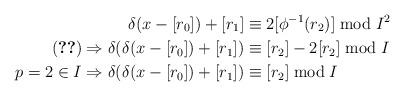
LaTeX: \begin{align*}\delta(x-[r_0])+[r_1] &\equiv 2[\phi^{-1}(r_2)] \bmod I^2 \\(\ref{a=b}) \Rightarrow \delta(\delta(x-[r_0])+[r_1]) &\equiv [r_2]- 2[r_2] \bmod I \\p=2\in I \Rightarrow \delta(\delta(x-[r_0])+[r_1]) &\equiv [r_2] \bmod I \end{align*}